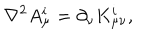
LaTeX: \nabla ^ { 2 } A _ { \mu } ^ { i } = \partial _ { \nu } K _ { \mu \nu } ^ { i } ,